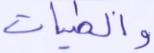
والطيبات